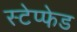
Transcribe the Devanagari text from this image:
स्टेप्फेड